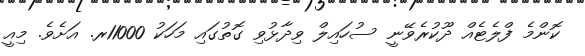
ކޮންމެ ފްލެޓެއް ދޫކުރެވޭނީ ސުހައިލް ވިދާޅުވި ގޮތުގައި މަހަކު 11000ރ. އަށެވެ. މިއީ